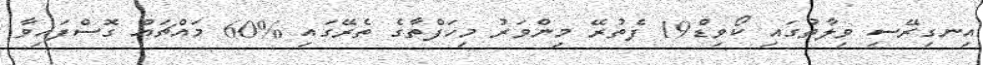
އިނގިރޭސި ވިލާތުގައި ކޯވިޑް19 ފެތުރޭ މިންވަރު މިހަފްތާގެ ތެރޭގައި %60 މައްޗައް ގޮސްފައިވާ